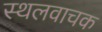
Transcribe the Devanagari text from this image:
स्थलवाचक